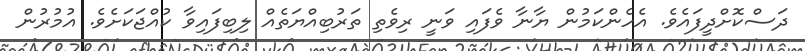
ދަސްކޮށްދީފައެވެ. އެހެންކަމުން ޔާނާ ވެފައި ވަނީ ރިވެތި ތަރުބިއްޔަތެއް ލިބިފައިވާ ކުއްޖަކަށެވެ. އުމުރުން